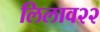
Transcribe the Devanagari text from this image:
लिलाव२२